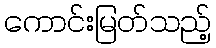
ကောင်းမြတ်သည့်